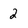
Character: 2